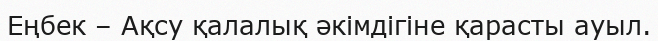
Еңбек – Ақсу қалалық әкімдігіне қарасты ауыл.